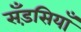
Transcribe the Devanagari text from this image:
सँड़सियाँ